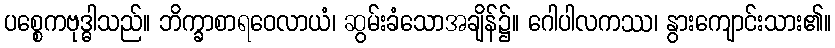
ပစ္စေကဗုဒ္ဓါသည်။ ဘိက္ခာစာရဝေလာယံ၊ ဆွမ်းခံသောအချိန်၌။ ဂေါပါလကဿ၊ နွားကျောင်းသား၏။